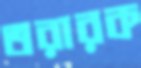
তরারক